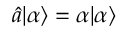
\hat { a } | \alpha \rangle = \alpha | \alpha \rangle